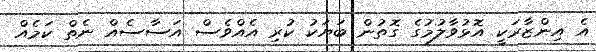
އެ އިންޒާރަކީ އޮޅުވާލުމުގެ ގޮތުން ބަޔަކު ކުރި އެއްވެސް އަސާސެއް ނެތް ކަމެއް